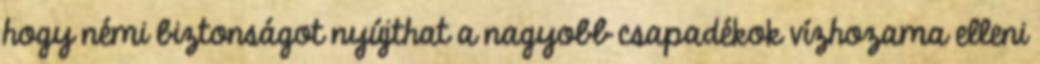
hogy némi biztonságot nyújthat a nagyobb csapadékok vízhozama elleni